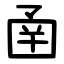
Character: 圅